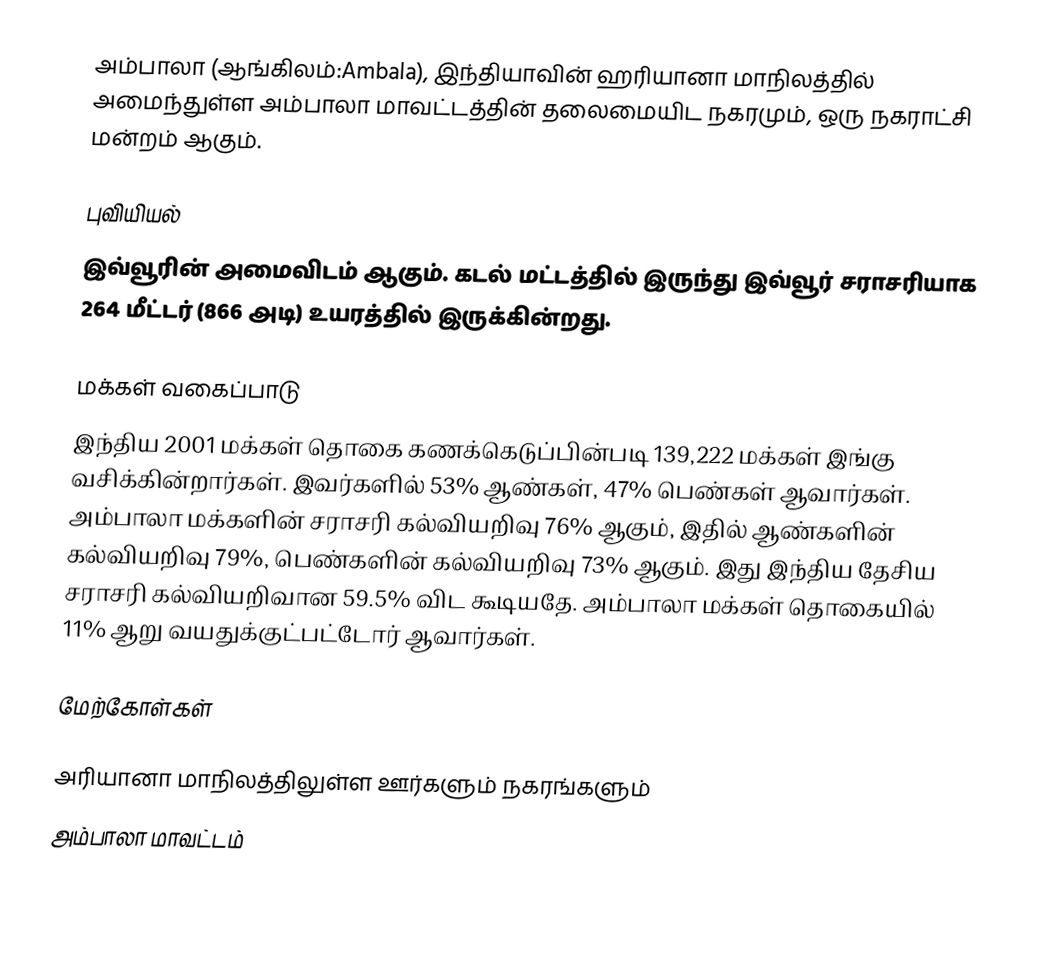
அம்பாலா (ஆங்கிலம்:Ambala), இந்தியாவின் ஹரியானா மாநிலத்தில் அமைந்துள்ள அம்பாலா மாவட்டத்தின் தலைமையிட நகரமும், ஒரு நகராட்சி மன்றம் ஆகும்.

புவியியல்
இவ்வூரின் அமைவிடம்  ஆகும். கடல் மட்டத்தில் இருந்து இவ்வூர் சராசரியாக 264 மீட்டர் (866 அடி) உயரத்தில் இருக்கின்றது.

மக்கள் வகைப்பாடு
இந்திய 2001 மக்கள் தொகை கணக்கெடுப்பின்படி 139,222 மக்கள் இங்கு வசிக்கின்றார்கள். இவர்களில் 53% ஆண்கள், 47% பெண்கள் ஆவார்கள். அம்பாலா மக்களின் சராசரி கல்வியறிவு 76% ஆகும்,  இதில் ஆண்களின் கல்வியறிவு 79%,  பெண்களின் கல்வியறிவு 73% ஆகும். இது இந்திய தேசிய சராசரி கல்வியறிவான 59.5% விட கூடியதே. அம்பாலா மக்கள் தொகையில் 11%  ஆறு வயதுக்குட்பட்டோர் ஆவார்கள்.

மேற்கோள்கள்

அரியானா மாநிலத்திலுள்ள ஊர்களும் நகரங்களும்
அம்பாலா மாவட்டம்